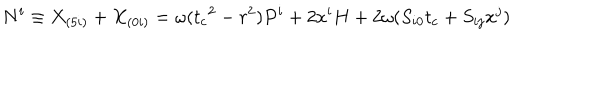
LaTeX: N ^ { i } \equiv X _ { ( 5 i ) } + X _ { ( 0 i ) } = \omega ( { t _ { c } } ^ { 2 } - r ^ { 2 } ) P ^ { i } + 2 x ^ { i } H + 2 \omega ( S _ { i 0 } t _ { c } + S _ { i j } x ^ { j } )